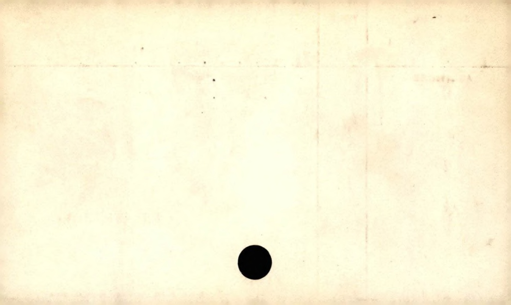
Label: blank